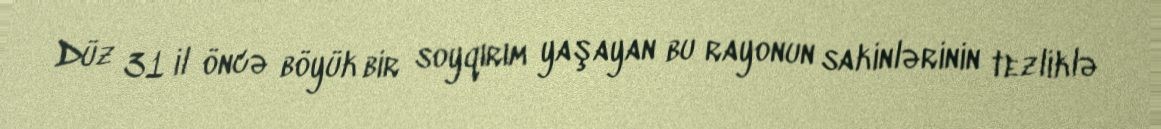
Düz 31 il öncə böyük bir soyqırım yaşayan bu rayonun sakinlərinin tezliklə